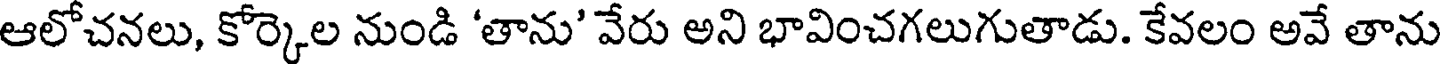
ఆలోచనలు, కోర్కెల నుండి 'తాను' వేరు అని భావించగలుగుతాడు. కేవలం అవే తాను